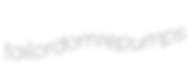
tailordom repumps